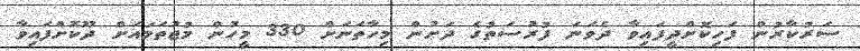
ސަރުކާރުން ފަހިކޮށްދީފައިވާ ދެވަނަ ފުރުސަތުގެ ދަށުން މިހާތަނަށް 330 މީހުން މުޖުތަމައަށް ދޫކޮށްފައިވާ